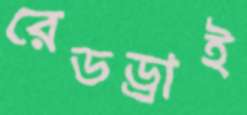
রেডড্রাই